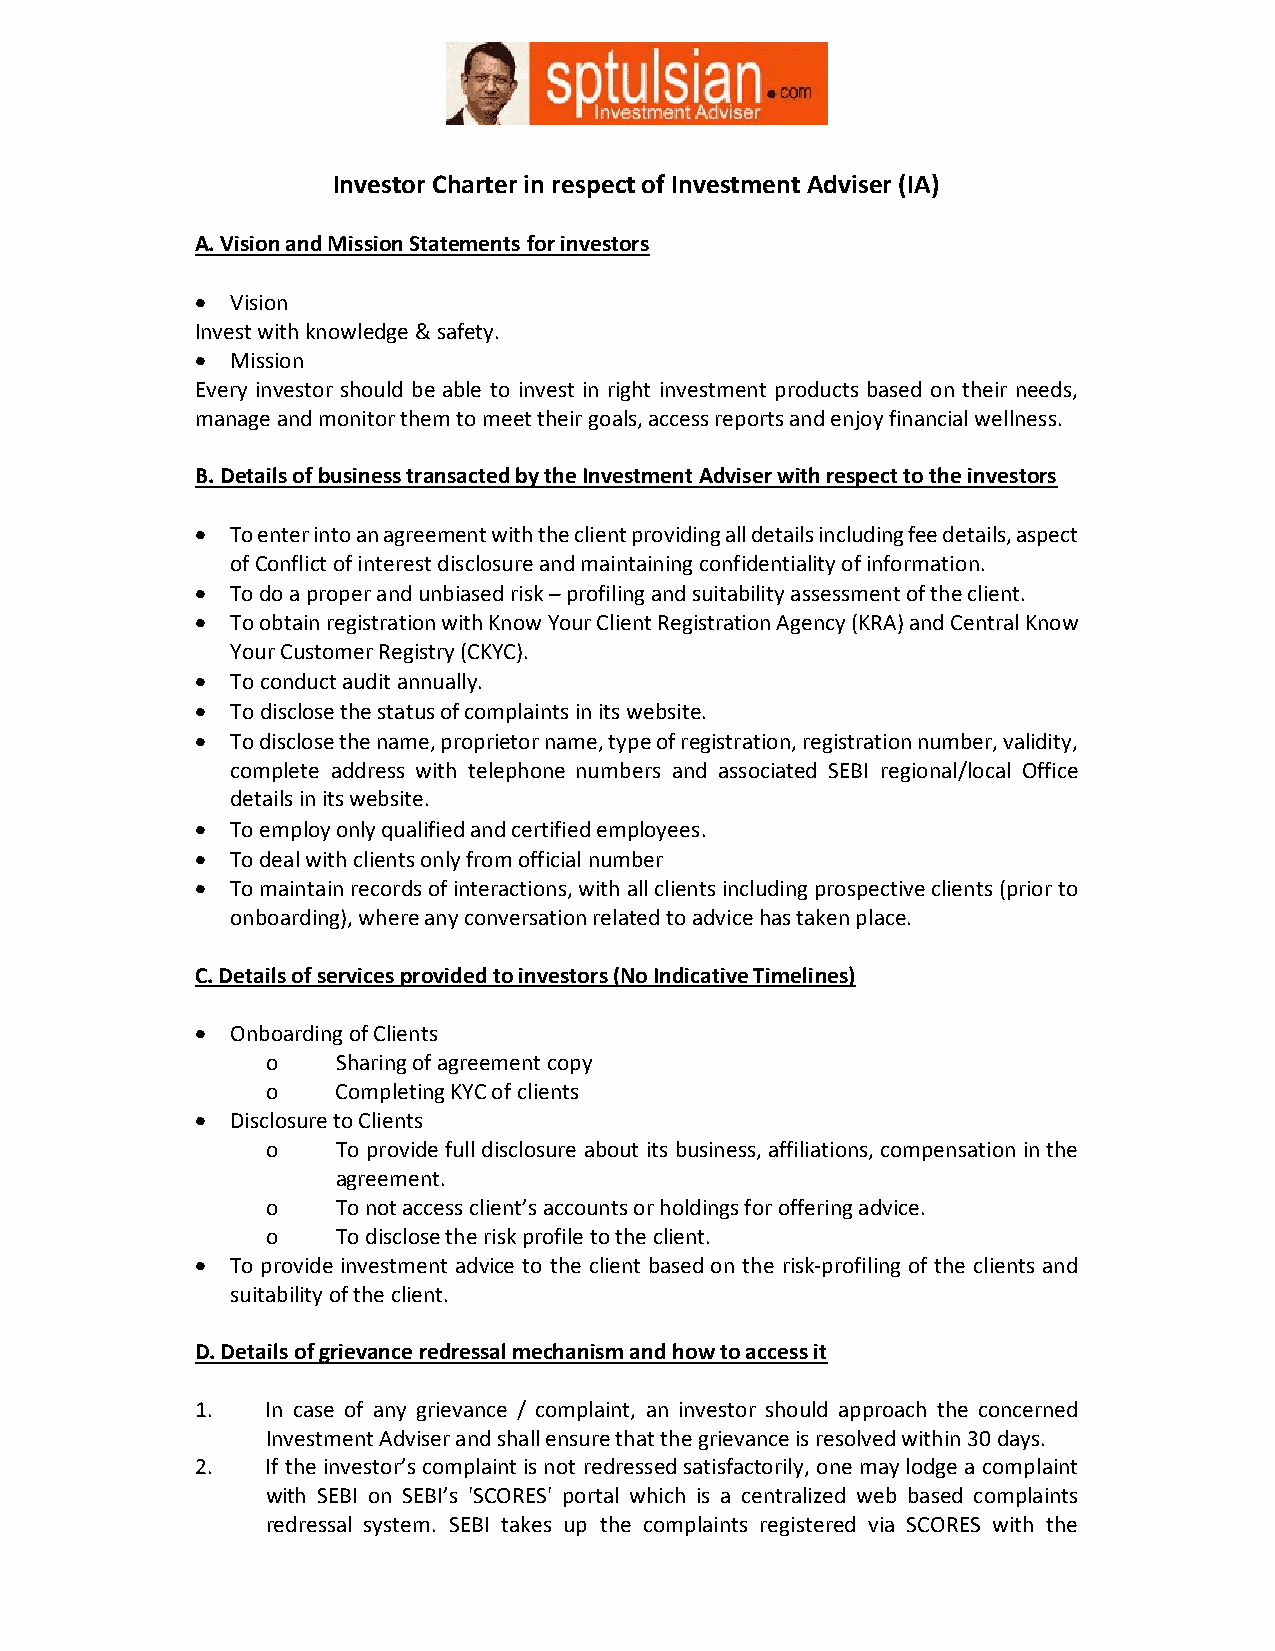
Investor Charter in respect of Investment Adviser (IA)
 A. Vision and Mission Statements for investors
  Vision
 Invest with knowledge & safety.
  Mission
 Every investor should be able to invest in right investment products based on their needs,
 manage and monitor them to meet their goals, access reports and enjoy financial wellness.
 B. Details of business transacted by the Investment Adviser with respect to the investors
  To enter into an agreement with the client providing all details including fee details, aspect
 of Conflict of interest disclosure and maintaining confidentiality of information.
  To do a proper and unbiased risk – profiling and suitability assessment of the client.
  To obtain registration with Know Your Client Registration Agency (KRA) and Central Know
 Your Customer Registry (CKYC).
  To conduct audit annually.
  To disclose the status of complaints in its website.
  To disclose the name, proprietor name, type of registration, registration number, validity,
 complete address with telephone numbers and associated SEBI regional/local Office
 details in its website.
  To employ only qualified and certified employees.
  To deal with clients only from official number
  To maintain records of interactions, with all clients including prospective clients (prior to
 onboarding), where any conversation related to advice has taken place.
 C. Details of services provided to investors (No Indicative Timelines)
  Onboarding of Clients
 o   Sharing of agreement copy
 o   Completing KYC of clients
  Disclosure to Clients
 o   To provide full disclosure about its business, affiliations, compensation in the
 agreement.
 o   To not access client’s accounts or holdings for offering advice.
 o   To disclose the risk profile to the client.
  To provide investment advice to the client based on the risk-profiling of the clients and
 suitability of the client.
 D. Details of grievance redressal mechanism and how to access it
 1.   In case of any grievance / complaint, an investor should approach the concerned
 Investment Adviser and shall ensure that the grievance is resolved within 30 days.
 2.   If the investor’s complaint is not redressed satisfactorily, one may lodge a complaint
 with SEBI on SEBI’s 'SCORES' portal which is a centralized web based complaints
 redressal system. SEBI takes up the complaints registered via SCORES with the